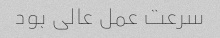
سرعت عمل عالی بود